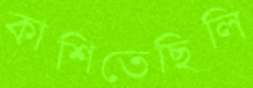
কাশিতেছিলি